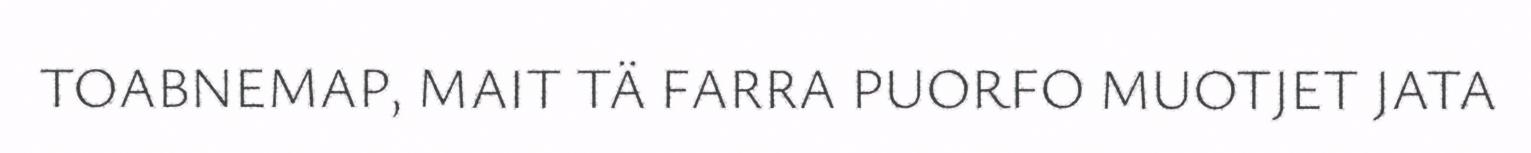
TOABNEMAP, MAIT TÄ FARRA PUORFO MUOTJET JATA